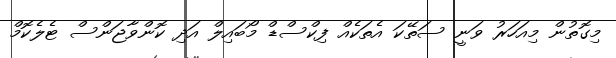
މިގޮތުން މިއަހަރު ވަނީ ސަތޭކަ އެތަކެއް ފިކްސްޑް މޯބައިލް އަދި ކޮންވާޖަންސް ޓެލެކޮމް